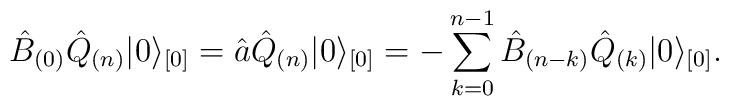
\hat{B}_{(0)} \hat{Q}_{(n)} \vert 0 \rangle_{[0]}= \hat{a}\hat{Q}_{(n)} \vert 0 \rangle_{[0]}= - \sum_{k = 0}^{n-1}\hat{B}_{(n-k)} \hat{Q}_{(k)} \vert 0 \rangle_{[0]}.